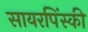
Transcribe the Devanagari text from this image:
सायरपिंस्की